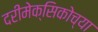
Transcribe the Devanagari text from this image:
दरीमेक्सिकोच्या